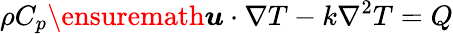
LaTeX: \rho C_{p}\ensuremath{\boldsymbol{u}}\cdot\nabla T-k\nabla^{2}T=Q